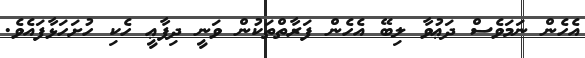
އެހެން ނަމަވެސް ދަޢުވާ ލިބޭ އެހެން ފަރާތްތަކުން ވަނީ ދިފާޢީ ހެކި ހުށަހަޅާފައެވެ.